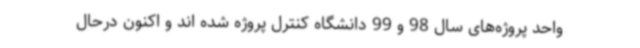
واحد پروژه‌های سال 98 و 99 دانشگاه کنترل پروژه شده اند و اکنون درحال